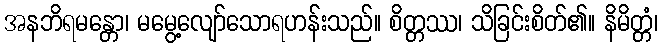
အနဘိရမန္တော၊ မမွေ့လျော်သောရဟန်းသည်။ စိတ္တဿ၊ သိခြင်းစိတ်၏။ နိမိတ္တံ၊